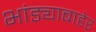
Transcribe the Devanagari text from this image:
भांड्याबाहेर